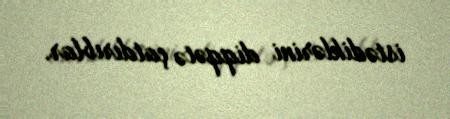
istədiklərini diqqətə çatdırıblar.